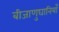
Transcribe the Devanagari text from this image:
बीजाणुघानियाँ